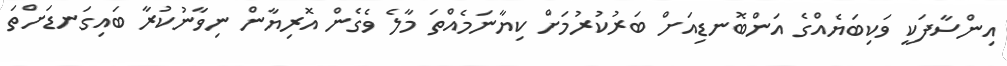
އިންސާފަކީ ވަކިބަޔެއްގެ އަންބޮނޑިއަށް ބަރުކުރުމަށް ކިޔާނަމެއްތަ މާލެ ވެގެން އޮރިޔާން ނިވާނުކުރާ ބައިގަނޑަށްތަ